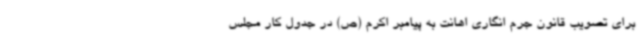
برای تصویب قانون جرم انگاری اهانت به پیامبر اکرم (ص) در جدول کار مجلس